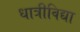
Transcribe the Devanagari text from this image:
धात्रीविद्या